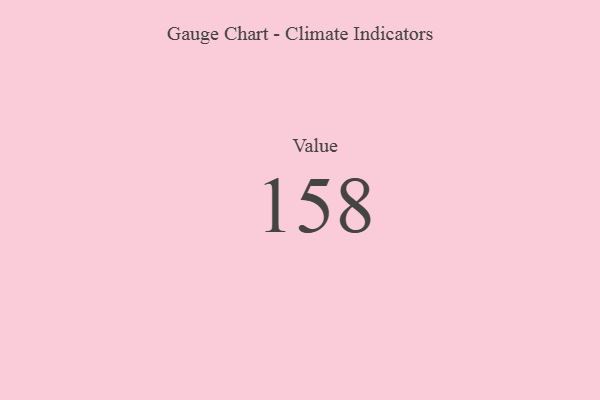
{"axis": {"x": "Metric", "y": "Value"}, "legend": [""], "data": [{"x": "Value", "y": 158, "type": ""}]}